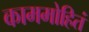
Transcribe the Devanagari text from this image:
काममोहितं